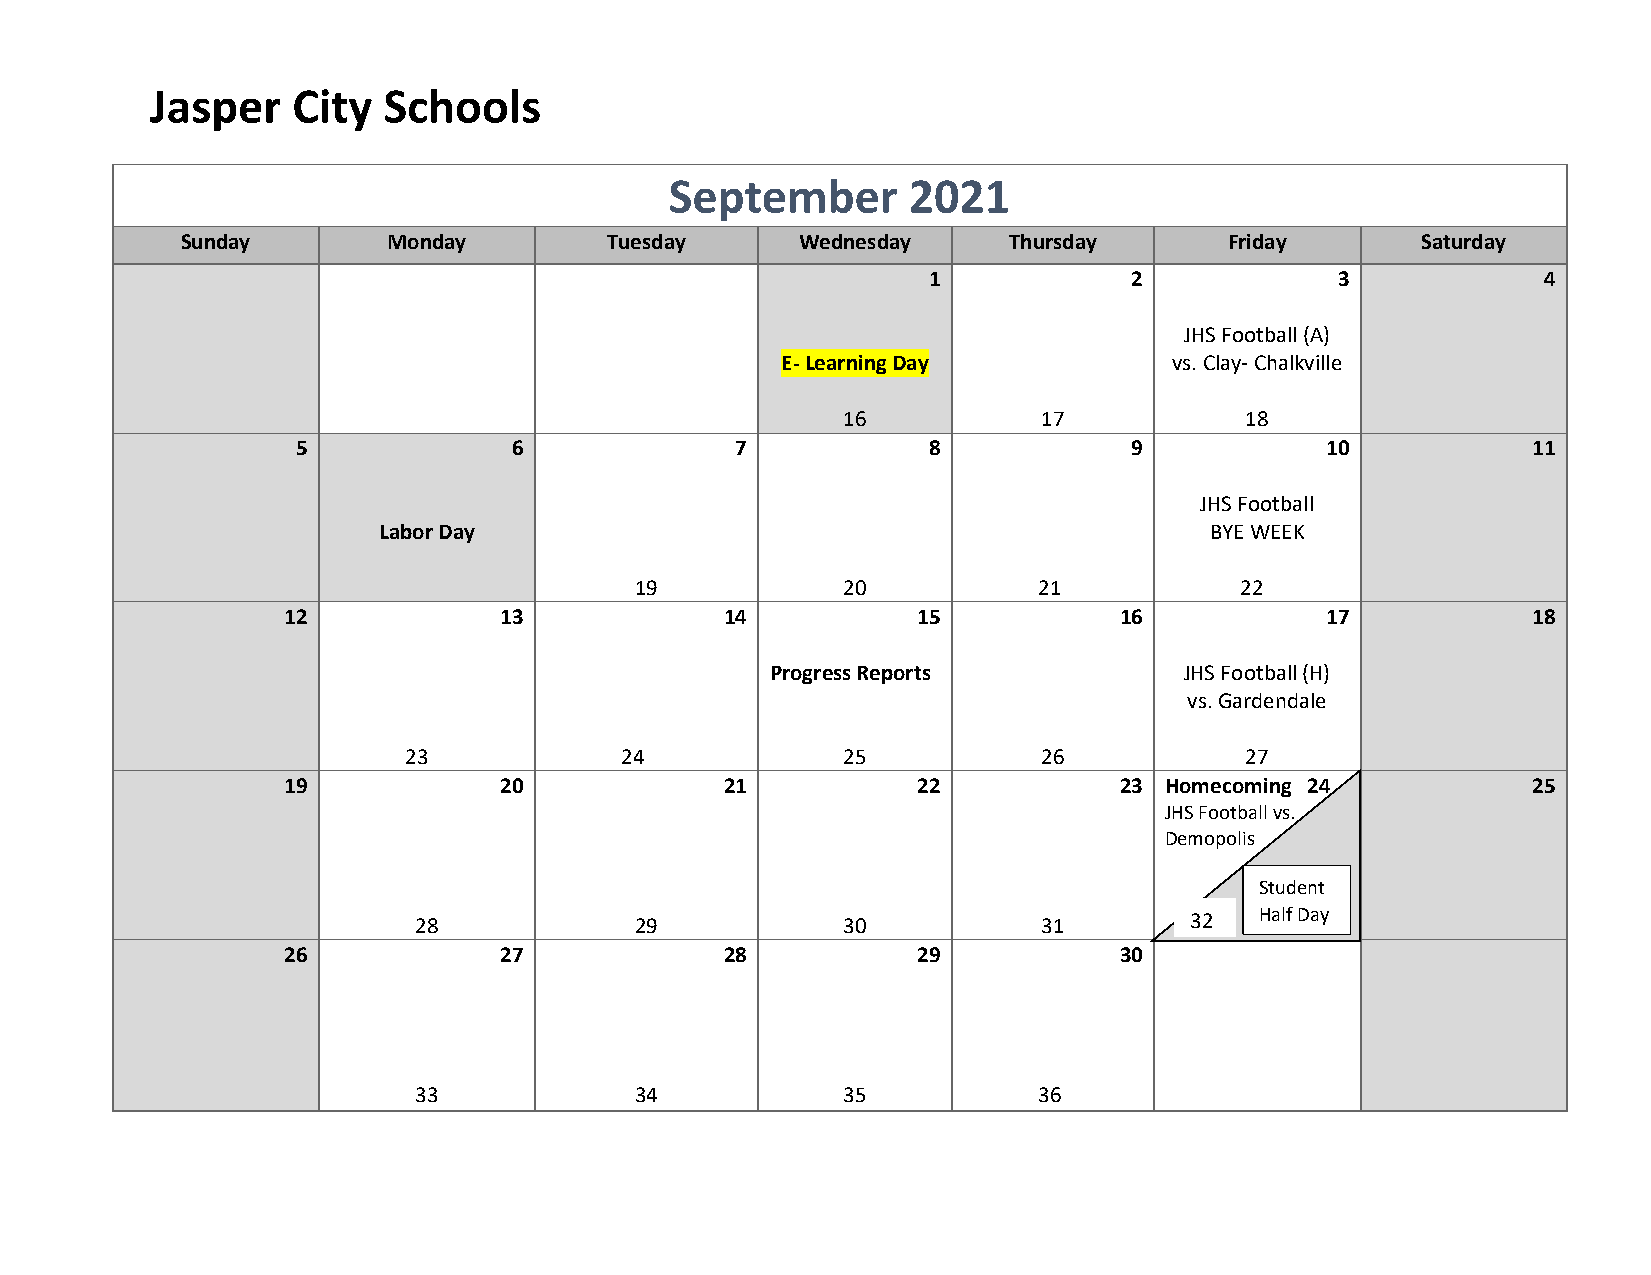
Jasper   City  Schools
 September       2021
 Sunday        Monday        Tuesday      Wednesday     Thursday      Friday       Saturday
 1             2            3             4
 JHS Football (A)
 E- Learning Day           vs. Clay- Chalkville
 16           17           18
 5             6              7           8             9            10           11
 JHS Football
 Labor Day                                              BYE WEEK
 19            20           21           22
 12            13             14           15           16            17           18
 Progress Reports           JHS Football (H)
 vs. Gardendale
 23            24             25           26           27
 19            20             21           22           23 Homecoming 24           25
 JHS Football vs.
 Demopolis
 Stud ent
 28             29            30           31        32  Half Day
 26            27             28           29           30
 33             34            35           36